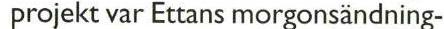
 projekt var Ettans morgonsändning-